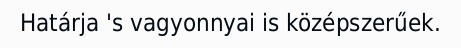
Határja 's vagyonnyai is középszerűek.